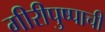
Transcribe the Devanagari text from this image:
गीरीपुष्पाची